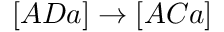
[ A D a ] \rightarrow [ A C a ]